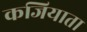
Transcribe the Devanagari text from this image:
कजियाता